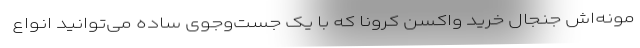
مونه‌اش جنجال خرید واکسن کرونا که با یک جست‌وجوی ساده می‌توانید انواع